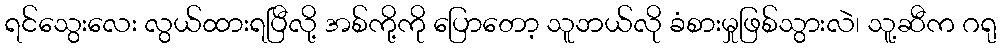
ရင်သွေးလေး လွယ်ထားရပြီလို့ အစ်ကို့ကို ပြောတော့ သူဘယ်လို ခံစားမှုဖြစ်သွားလဲ၊ သူ့ဆီက ဂရု